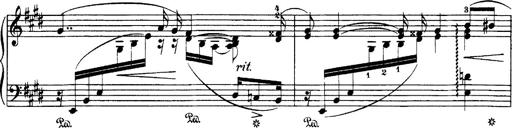
Title: Hungarian Rhapsody No.1
Composer: Franz Liszt
Key: C-sharp minor